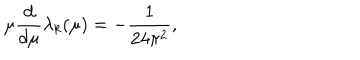
\mu { \frac { d } { d \mu } } \lambda _ { k } ( \mu ) = - { \frac { 1 } { 2 4 \pi ^ { 2 } } } ,